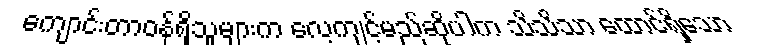
ကျောင်းတာဝန်ရှိသူများက လေ့ကျင့်မည်ဆိုပါက သိသိသာ ထောင်ရှိသော